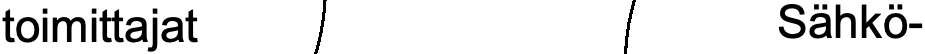
toimittajat               Sähkö-